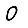
Digit: 0